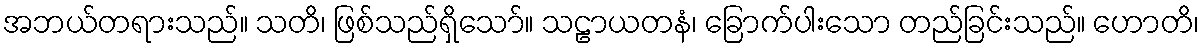
အဘယ်တရားသည်။ သတိ၊ ဖြစ်သည်ရှိသော်။ သဠာယတနံ၊ ခြောက်ပါးသော တည်ခြင်းသည်။ ဟောတိ၊